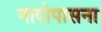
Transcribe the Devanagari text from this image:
नादोपासना